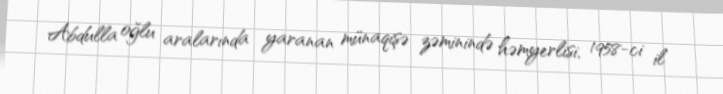
Abdulla oğlu aralarında yaranan münaqişə zəminində həmyerlisi, 1958-ci il